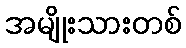
အမျိုးသားတစ်